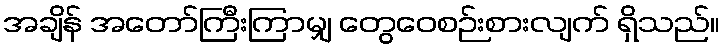
အချိန် အတော်ကြီးကြာမျှ တွေဝေစဉ်းစားလျက် ရှိသည်။